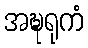
အဍ္ဎရုကံ